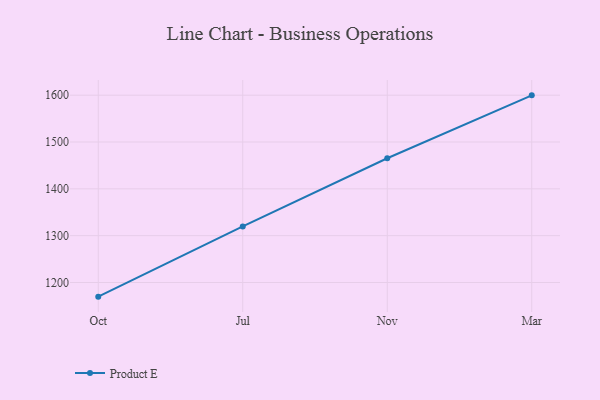
{"axis": {"x": "Month", "y": "Tickets Resolved"}, "legend": ["Product E"], "data": [{"x": "Oct", "y": 1169.7, "type": "Product E"}, {"x": "Jul", "y": 1319.7, "type": "Product E"}, {"x": "Nov", "y": 1465.3, "type": "Product E"}, {"x": "Mar", "y": 1599.7, "type": "Product E"}]}